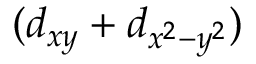
( d _ { x y } + d _ { x ^ { 2 } - y ^ { 2 } } )